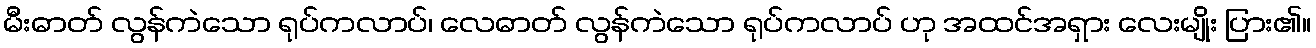
မီးဓာတ် လွန်ကဲသော ရုပ်ကလာပ်၊ လေဓာတ် လွန်ကဲသော ရုပ်ကလာပ် ဟု အထင်အရှား လေးမျိုး ပြား၏။